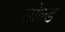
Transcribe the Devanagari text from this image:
सोल्‍ड